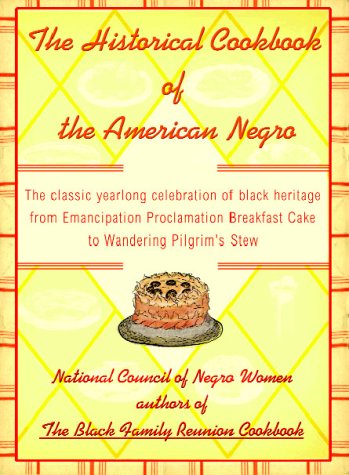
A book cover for The Historical Cookbook of the American Negro: The Classic Year-Round Celebration of Black Heritage from Emancipation Proclamation Breakfast Cake to Wandering Pilgrim's Stew; Cookbooks, Food & Wine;